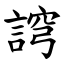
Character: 䛪